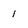
Character: 1